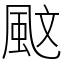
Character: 𩖰